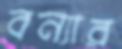
বন্যার